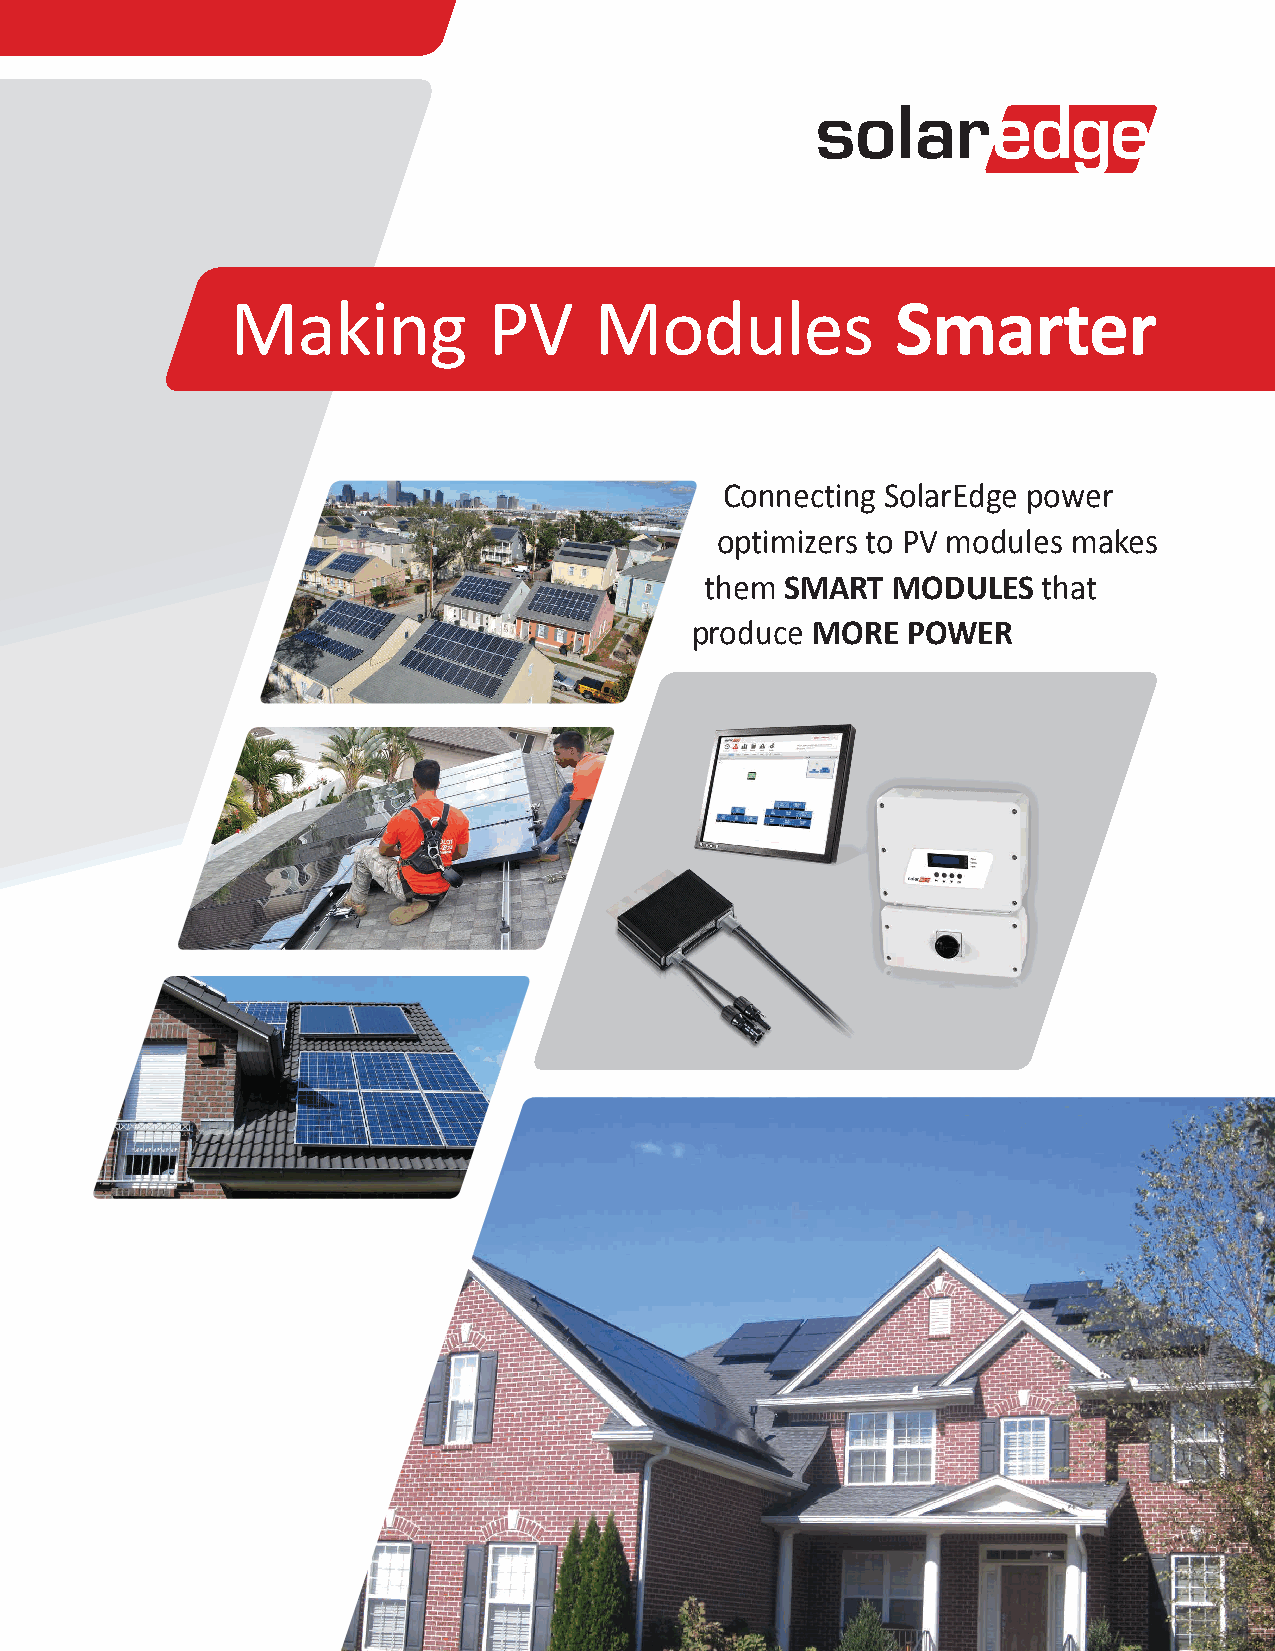
Making           PV     Modules             Smarter
 Connecting SolarEdge power
 optimizers to PV modules makes
 them SMART  MODULES   that
 produce MORE  POWER